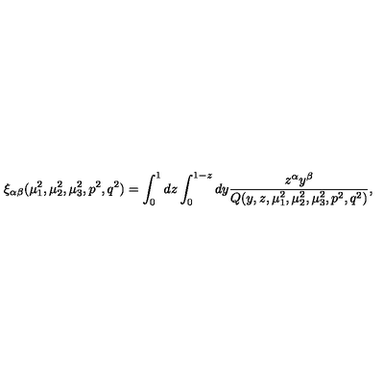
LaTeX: \xi _ { \alpha \beta } ( \mu _ { 1 } ^ { 2 } , \mu _ { 2 } ^ { 2 } , \mu _ { 3 } ^ { 2 } , p ^ { 2 } , q ^ { 2 } ) = \int _ { 0 } ^ { 1 } d z \int _ { 0 } ^ { 1 - z } d y \frac { z ^ { \alpha } y ^ { \beta } } { Q ( y , z , \mu _ { 1 } ^ { 2 } , \mu _ { 2 } ^ { 2 } , \mu _ { 3 } ^ { 2 } , p ^ { 2 } , q ^ { 2 } ) } ,